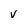
Character: v